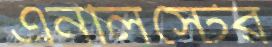
এনলিস্টের